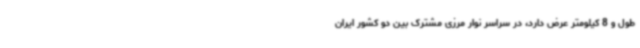
طول و 8 کیلومتر عرض دارد، در سراسر نوار مرزی مشترک بین دو کشور ایران